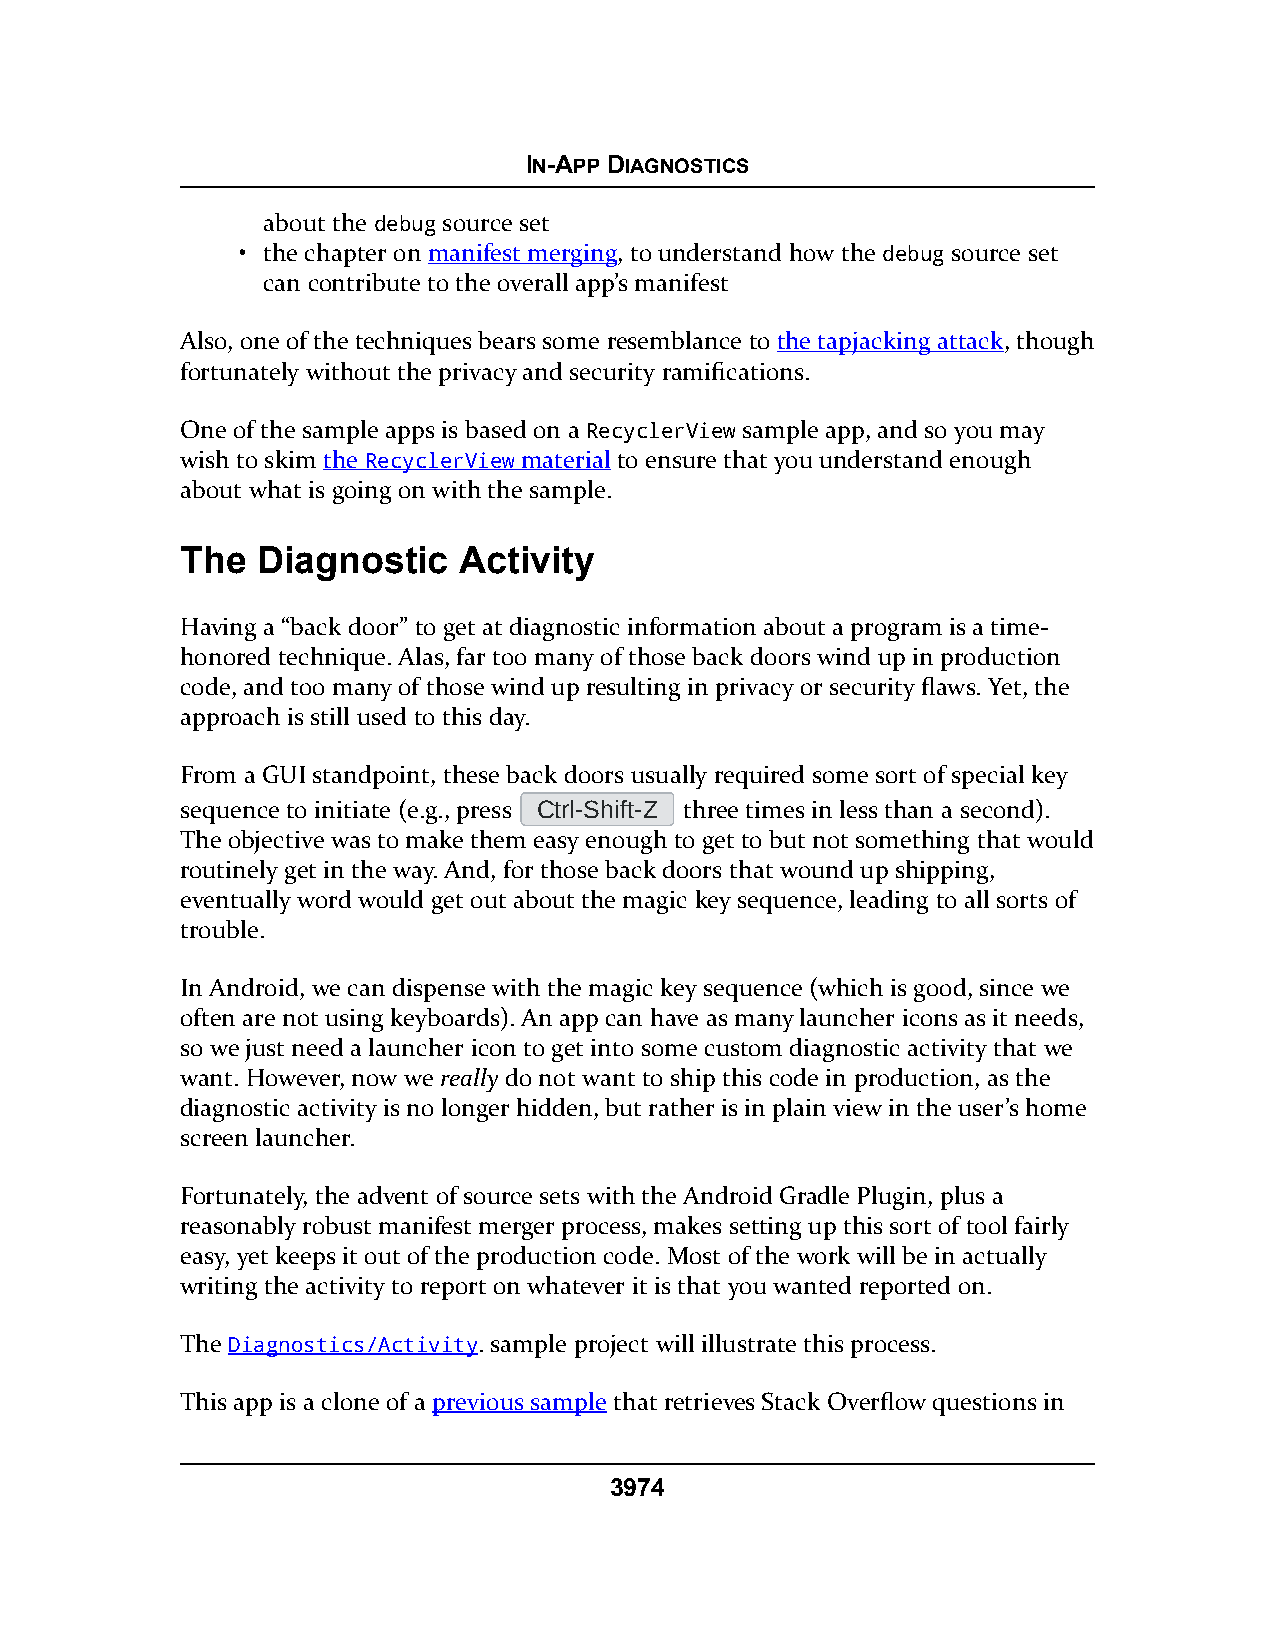
IN-APP DIAGNOSTICS
 about the debug source set
 • the chapter on manifest merging, to understand how the debug source set
 can contribute to the overall app’s manifest
 Also, one of the techniques bears some resemblance to the tapjacking attack, though
 fortunately without the privacy and security ramifications.
 One of the sample apps is based on a RecyclerView sample app, and so you may
 wish to skim the RecyclerView material to ensure that you understand enough
 about what is going on with the sample.
 The  Diagnostic   Activity
 Having a “back door” to get at diagnostic information about a program is a time-
 honored technique. Alas, far too many of those back doors wind up in production
 code, and too many of those wind up resulting in privacy or security flaws. Yet, the
 approach is still used to this day.
 From a GUI standpoint, these back doors usually required some sort of special key
 sequence to initiate (e.g., press Ctrl-Shift-Z three times in less than a second).
 The objective was to make them easy enough to get to but not something that would
 routinely get in the way. And, for those back doors that wound up shipping,
 eventually word would get out about the magic key sequence, leading to all sorts of
 trouble.
 In Android, we can dispense with the magic key sequence (which is good, since we
 often are not using keyboards). An app can have as many launcher icons as it needs,
 so we just need a launcher icon to get into some custom diagnostic activity that we
 want. However, now we really do not want to ship this code in production, as the
 diagnostic activity is no longer hidden, but rather is in plain view in the user’s home
 screen launcher.
 Fortunately, the advent of source sets with the Android Gradle Plugin, plus a
 reasonably robust manifest merger process, makes setting up this sort of tool fairly
 easy, yet keeps it out of the production code. Most of the work will be in actually
 writing the activity to report on whatever it is that you wanted reported on.
 The Diagnostics/Activity. sample project will illustrate this process.
 This app is a clone of a previous sample that retrieves Stack Overflow questions in
 3974